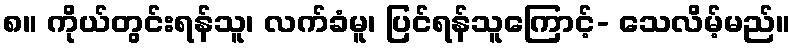
၈။ ကိုယ်တွင်းရန်သူ၊ လက်ခံမူ၊ ပြင်ရန်သူကြောင့်- သေလိမ့်မည်။